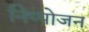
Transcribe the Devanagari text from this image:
निप्‍पोजन